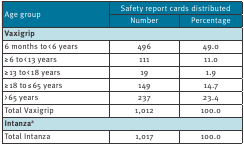
<table><thead><tr><td rowspan="2"><b>Age group</b></td><td colspan="2"><b>Safety report cards distributed</b></td></tr><tr><td><b>Number</b></td><td><b>Percentage</b></td></tr></thead><tbody><tr><td colspan="3"><b>Vaxigrip</b></td></tr><tr><td>6 months to &lt; 6 years</td><td>496</td><td>49.0</td></tr><tr><td>≥ 6 to &lt; 13 years</td><td>111</td><td>11.0</td></tr><tr><td>≥ 13 to &lt; 18 years</td><td>19</td><td>1.9</td></tr><tr><td>≥ 18 to ≤ 65 years</td><td>149</td><td>14.7</td></tr><tr><td>&gt; 65 years</td><td>237</td><td>23.4</td></tr><tr><td>Total Vaxigrip</td><td>1,012</td><td>100.0</td></tr><tr><td colspan="3"><b>Intanza<sup>a</sup></b></td></tr><tr><td>Total Intanza</td><td>1,017</td><td>100.0</td></tr></tbody></table>